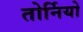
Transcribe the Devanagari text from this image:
तोर्नियो